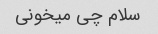
سلام چی میخونی